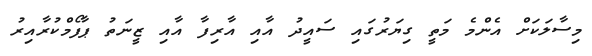
މިސާލަކަށް އެންމެ މަތީ ގިޔަރުގައި ސައީދު އާއި އާރިފާ އާއި ޒީނަތު ޕާފޯމްކުރާއިރު